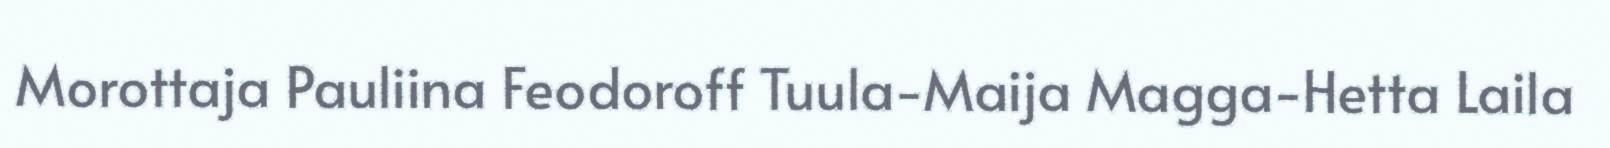
Morottaja Pauliina Feodoroff Tuula-Maija Magga-Hetta Laila